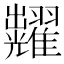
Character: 𮋚